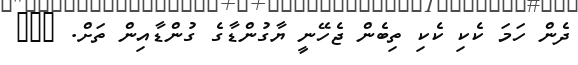
ދެން ހަމަ ކެކި ކެކި ތިބެން ޖެހޭނީ ޔާގުންޑާގެ ގުންޑާއިން ތަށް. ???